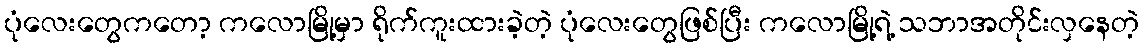
ပုံလေးတွေကတော့ ကလောမြို့မှာ ရိုက်ကူးထားခဲ့တဲ့ ပုံလေးတွေဖြစ်ပြီး ကလောမြို့ရဲ့ သဘာအတိုင်းလှနေတဲ့